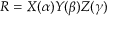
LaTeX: R = X ( \alpha ) Y ( \beta ) Z ( \gamma )